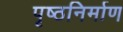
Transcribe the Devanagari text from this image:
पृष्ठनिर्माण